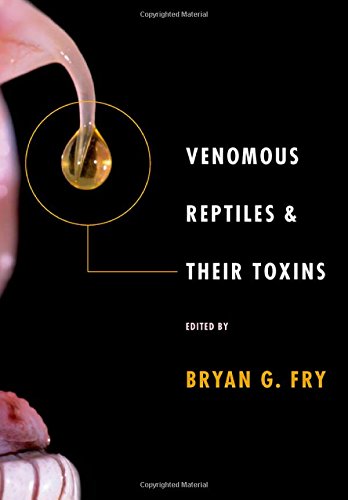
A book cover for Venomous Reptiles and Their Toxins: Evolution, Pathophysiology and Biodiscovery; Medical Books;